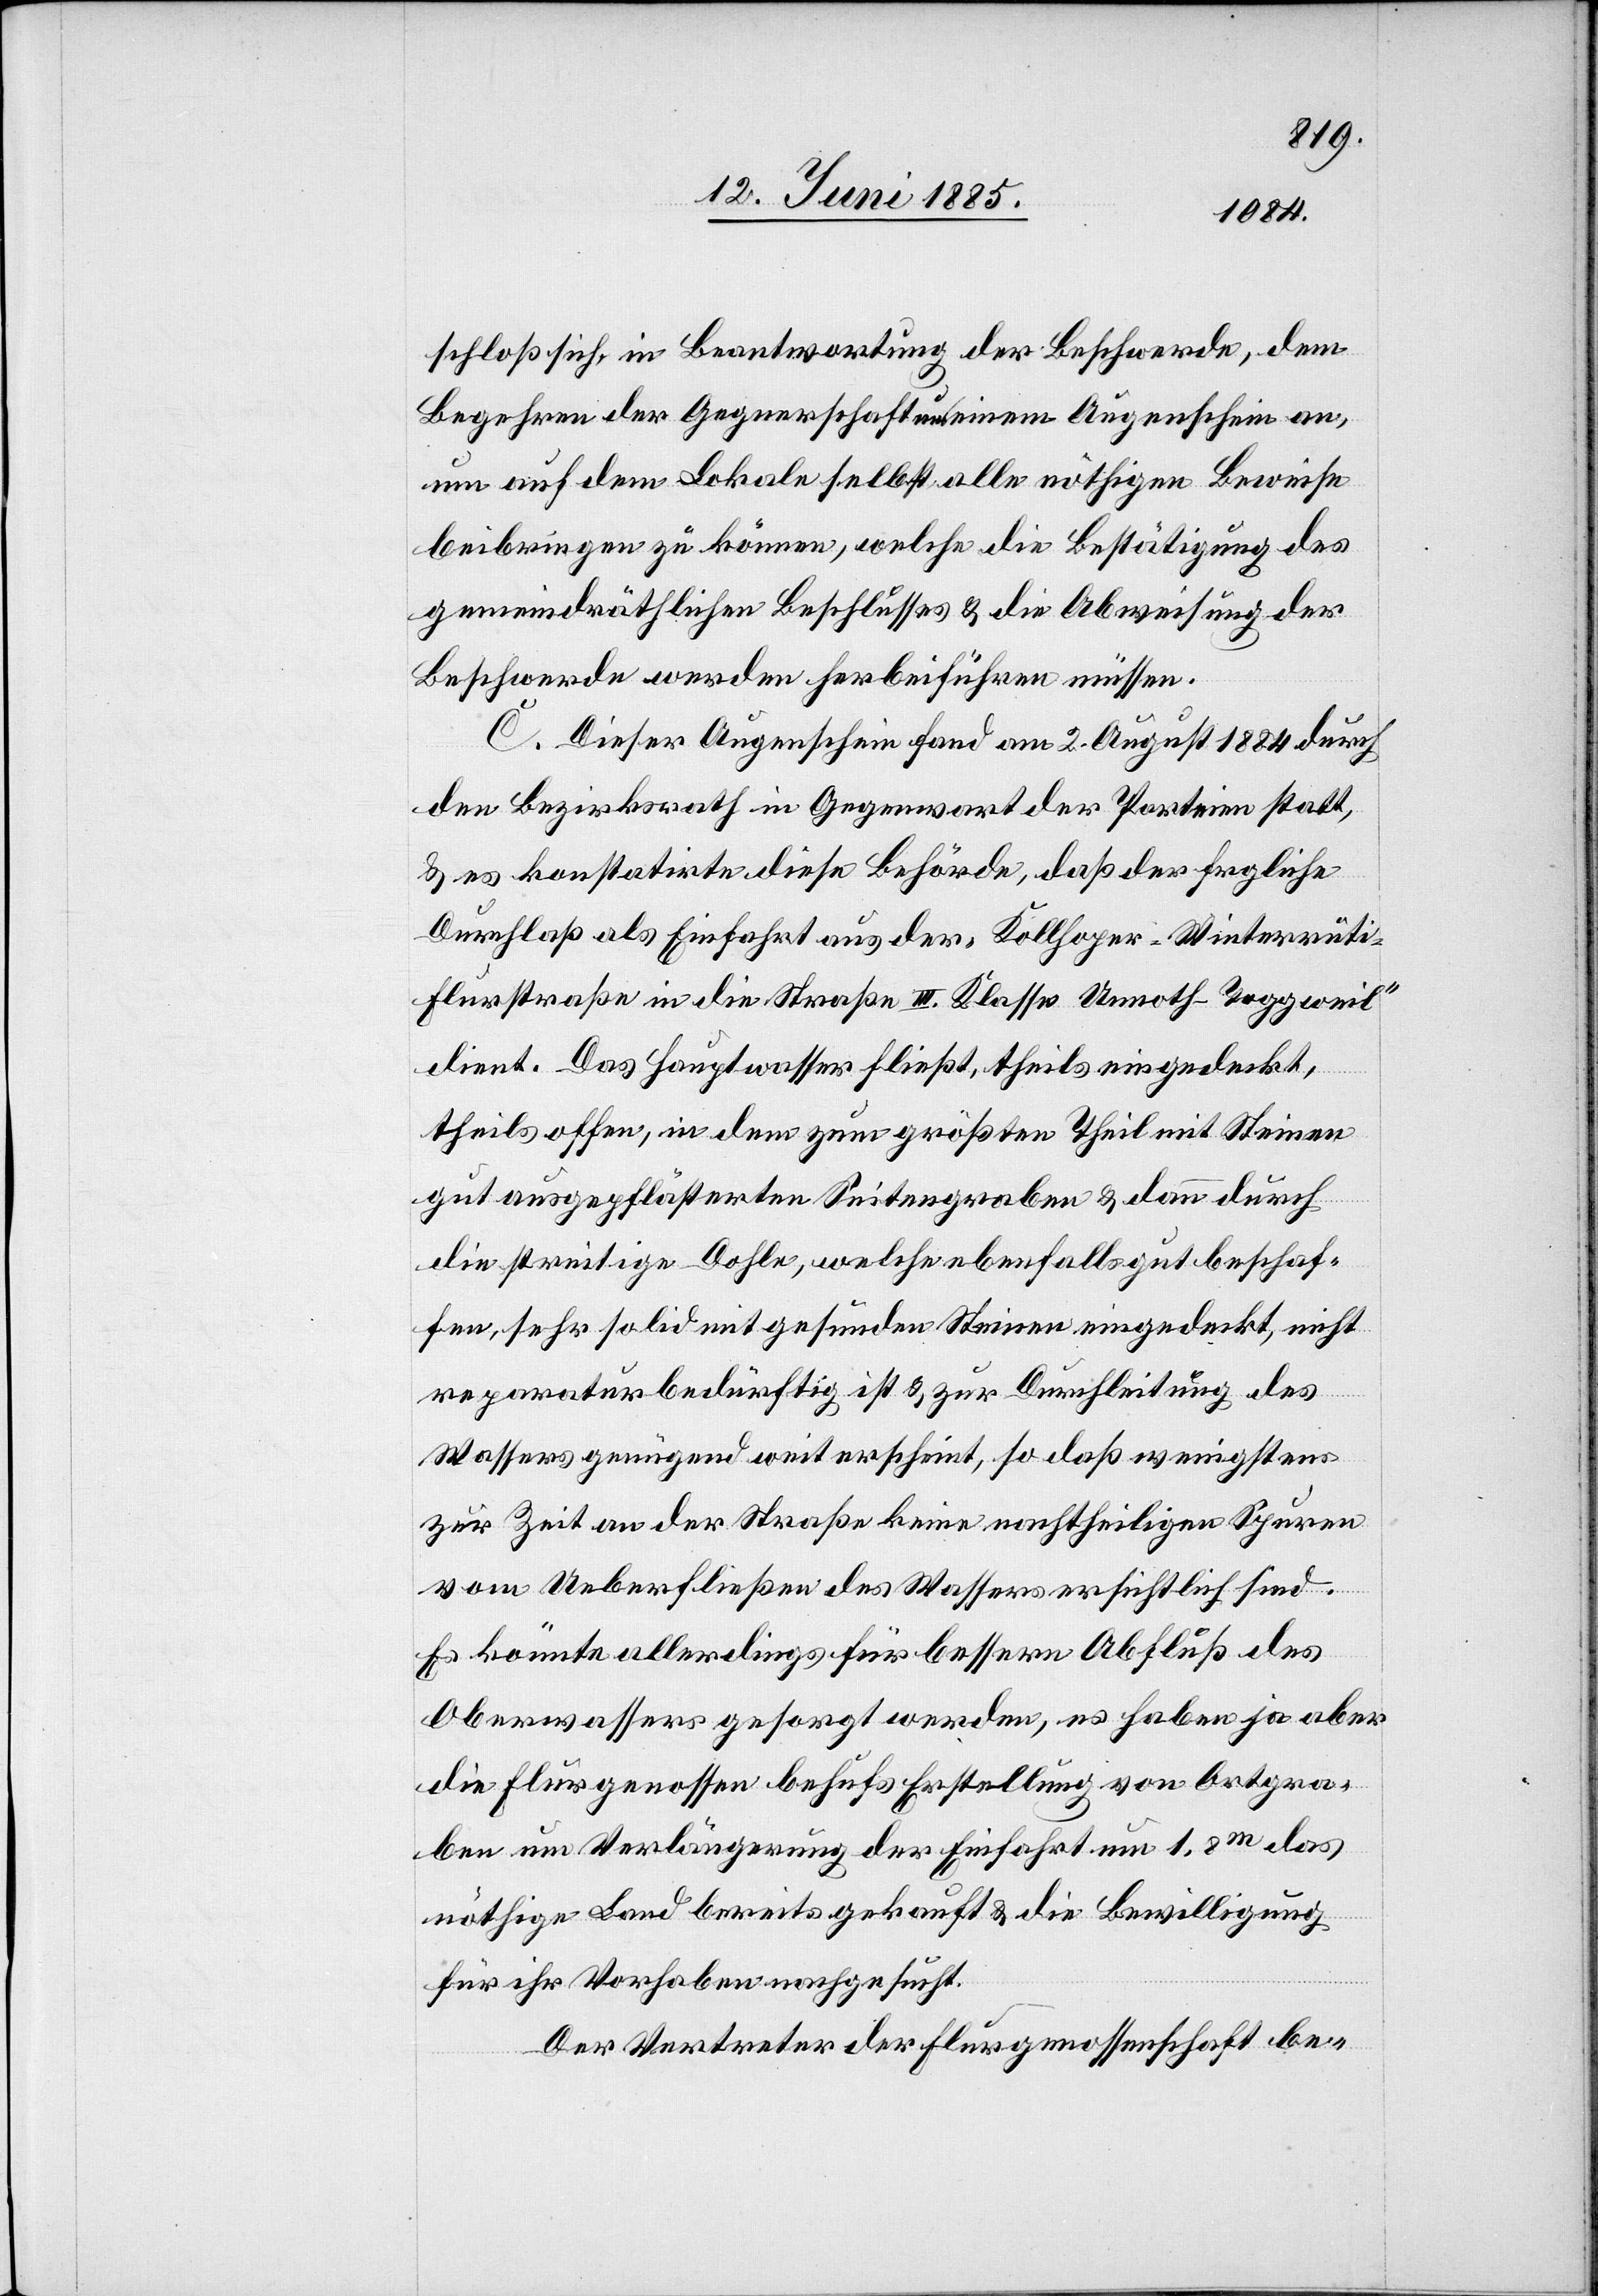
schloß sich, in Beantwortung der Beschwerde, dem
Begehren der Gegnerschaft um einen Augenschein an,
um auf dem Lokale selbst alle nöthigen Beweise
beibringen zu können, welche die Bestätigung des
gemeindräthlichen Beschlusses & die Abweisung er
Beschwerde werden herbeiführen müssen.
C. Dieser Augenschein fand am 2. August 1884 durch
den Bezirksrath in Gegenwart der Parteien statt,
& es konstatirte diese Behörde, daß der fragliche
Durchlaß als Einfahrt aus der „Kollhoper–Winterrüti–F¬
lurstraße in die Straße III. Klasse Unnoth–Toggweil“
dient. Das Hauptwasser fließt, theils eingedeckt,
theils offen, in dem zum größten Theil mit Steinen
gut ausgepflästerten Seitengraben & dann durch
die streitige Dohle, welche ebenfalls gut beschaf¬
fen, sehr solid mit gesunden Steinen eingedeckt, nicht
reparaturbedürftig ist & zur Durchleitung des
Wassers genügend weit erscheint, so daß wenigstens
zur Zeit an der Straße keine nachtheiligen Spuren
vom Ueberfließen des Wassers ersichtlich sind.
Es könnte allerdings für bessern Abfluß des
Abwassers gesorgt werden, es haben ja aber
die Flurgenossen behufs Erstellung von Ortgra¬
ben um Verlängerung der Einfahrt um 1,8 m das
nöthige Land bereits gekauft & die Bewilligung
für ihr Vorhaben nachgesucht.
Der Vertreter der Flurgenossenschaft be-